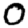
Digit: 0